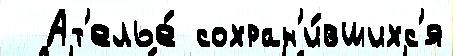
  Ат'елье́ сохран'и́вшихс'я